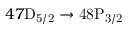
4 7 \mathrm { { D } _ { 5 / 2 } \rightarrow 4 8 \mathrm { { P } _ { 3 / 2 } } }